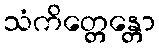
သံကိတ္တေန္တော